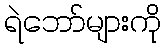
ရဲဘော်များကို